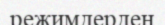
режимдерден